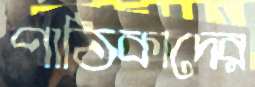
পাঠিকাদের